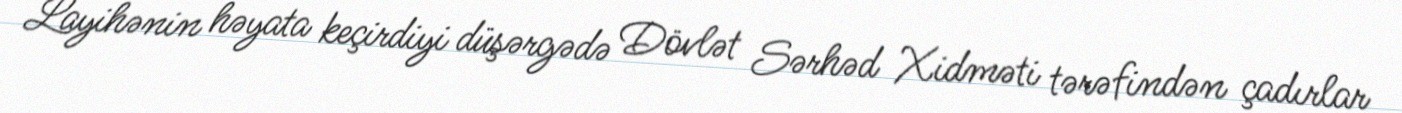
Layihənin həyata keçirdiyi düşərgədə Dövlət Sərhəd Xidməti tərəfindən çadırlar